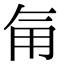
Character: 𮗟